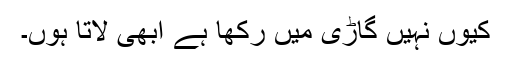
کیوں نہیں گاڑی میں رکھا ہے ابھی لاتا ہوں۔